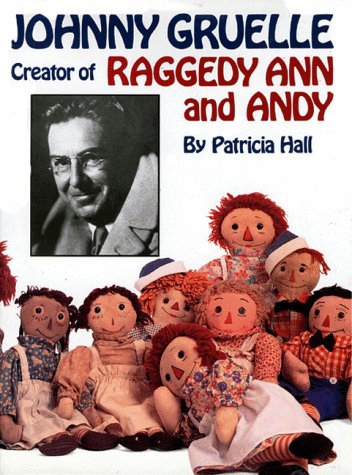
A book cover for Johnny Gruelle, Creator of Raggedy Ann and Andy; Patricia Hall; Crafts, Hobbies & Home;